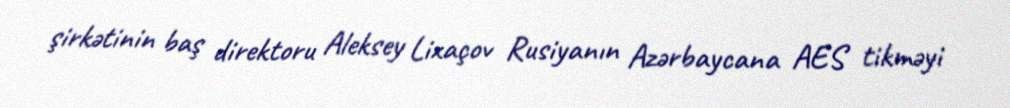
şirkətinin baş direktoru Aleksey Lixaçov Rusiyanın Azərbaycana AES tikməyi